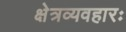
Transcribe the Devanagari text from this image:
क्षेत्रव्यवहारः